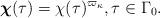
LaTeX: \begin{align*}\boldsymbol{\chi}(\tau)=\chi (\tau)^{\varpi_\kappa},\tau \in \Gamma_0.\end{align*}